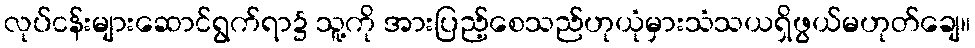
လုပ်ငန်းများဆောင်ရွက်ရာ၌ သူ့ကို အားပြည့်စေသည်ဟုယုံမှားသံသယရှိဖွယ်မဟုတ်ချေ။